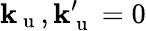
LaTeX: \mathbf{k}_{\mathrm{{~u~}}},\mathbf{k}_{\mathrm{{~u~}}}^{\prime}=0